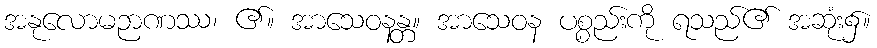
အနုလောမဉာဏဿ၊ ၏။ အာသေဝနန္တ။ အာသေဝန ပစ္စည်းကို ရသည်၏ အဆုံး၌။